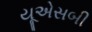
યૂએસબી